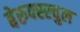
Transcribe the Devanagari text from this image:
बेरुफ्स्स्चुल